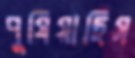
পুষিয়াছিস